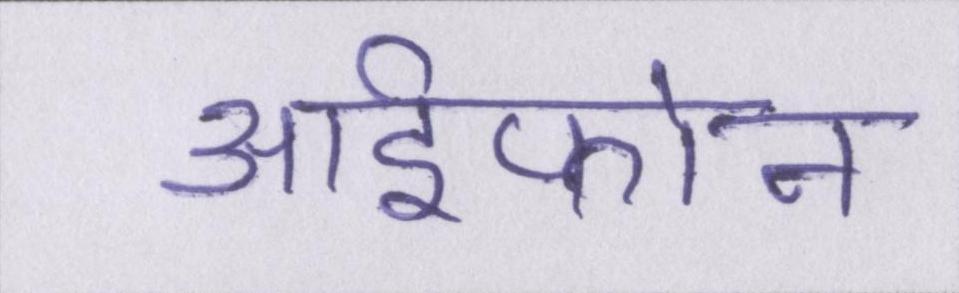
आईफोन